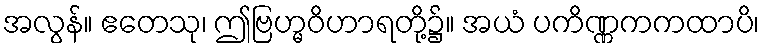
အလွန်။ ဧတေသု၊ ဤဗြဟ္မဝိဟာရတို့၌။ အယံ ပကိဏ္ဏကကထာပိ၊